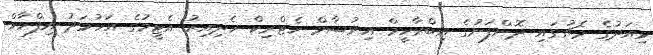
މިއަދުގެ މެޗުގައި ދޮންފަނުގެ އިބްރާހީމް އިރުޝާމް ހެޓްރިކް ހެދިއިރު އެޓީމުގެ އަހުމަދު އިފްހާމް